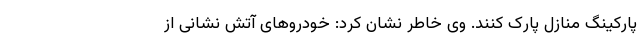
پارکینگ منازل پارک کنند. وی خاطر نشان کرد: خودروهای آتش نشانی از